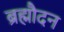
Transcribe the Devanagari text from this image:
ब्रह्मौदन